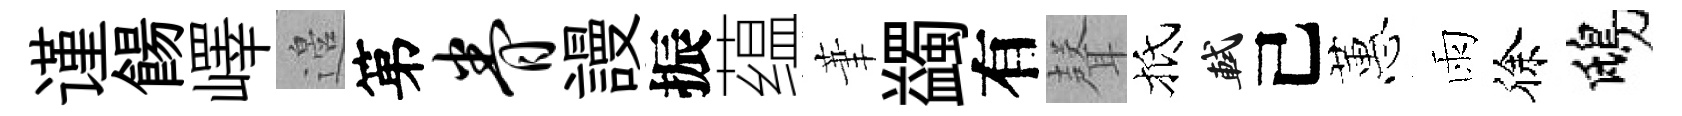
谨餳嶧邉第眷謾振蕴茟蠲有𮋻抵軾己蕙雨徐鴟